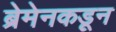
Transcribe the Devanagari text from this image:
ब्रेमेनकडून